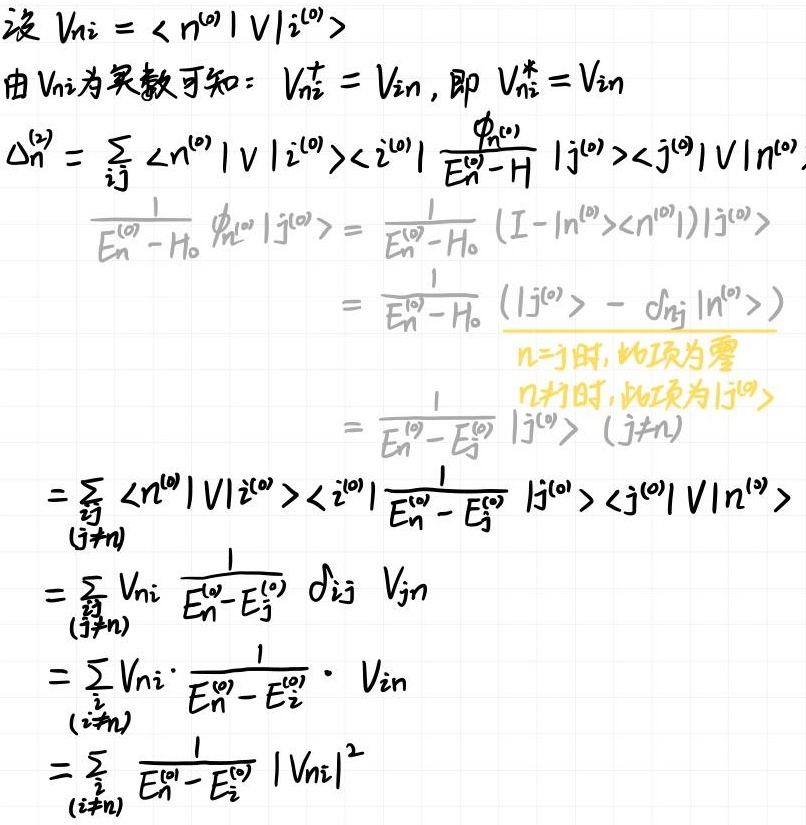
设 $V_{ni} = \langle n^{(0)} | V | i^{(0)} \rangle$

由 $V_{ni}$ 为实数可知：$V_{ni}^{\dagger} = V_{in}$，即 $V_{ni}^* = V_{in}$

$\Delta_n^{(2)} = \sum_{ij} \langle n^{(0)} | V | i^{(0)} \rangle \langle i^{(0)} | \frac{\phi_{n^{(0)}}}{E_n^{(0)}-H} | j^{(0)} \rangle \langle j^{(0)} | V | n^{(0)} \rangle$

$\frac{1}{E_n^{(0)}-H_0} \phi_{n^{(0)}} | j^{(0)} \rangle = \frac{1}{E_n^{(0)}-H_0} (I - | n^{(0)} \rangle \langle n^{(0)} |) | j^{(0)} \rangle$

$= \frac{1}{E_n^{(0)}-H_0} (| j^{(0)} \rangle - \delta_{nj} | n^{(0)} \rangle)$

$n = j$ 时，此项为零

$n \neq j$ 时，此项为 $| j^{(0)} \rangle$

$= \frac{1}{E_n^{(0)}-E_j^{(0)}} | j^{(0)} \rangle (j \neq n)$

$= \sum_{\substack{ij \\ (j \neq n)}} \langle n^{(0)} | V | i^{(0)} \rangle \langle i^{(0)} | \frac{1}{E_n^{(0)}-E_j^{(0)}} | j^{(0)} \rangle \langle j^{(0)} | V | n^{(0)} \rangle$

$= \sum_{\substack{ij \\ (j \neq n)}} V_{ni} \frac{1}{E_n^{(0)}-E_j^{(0)}} \delta_{ij} V_{jn}$

$= \sum_{\substack{i \\ (i \neq n)}} V_{ni} \cdot \frac{1}{E_n^{(0)}-E_i^{(0)}} \cdot V_{in}$

$= \sum_{\substack{i \\ (i \neq n)}} \frac{1}{E_n^{(0)}-E_i^{(0)}} | V_{ni} |^2$